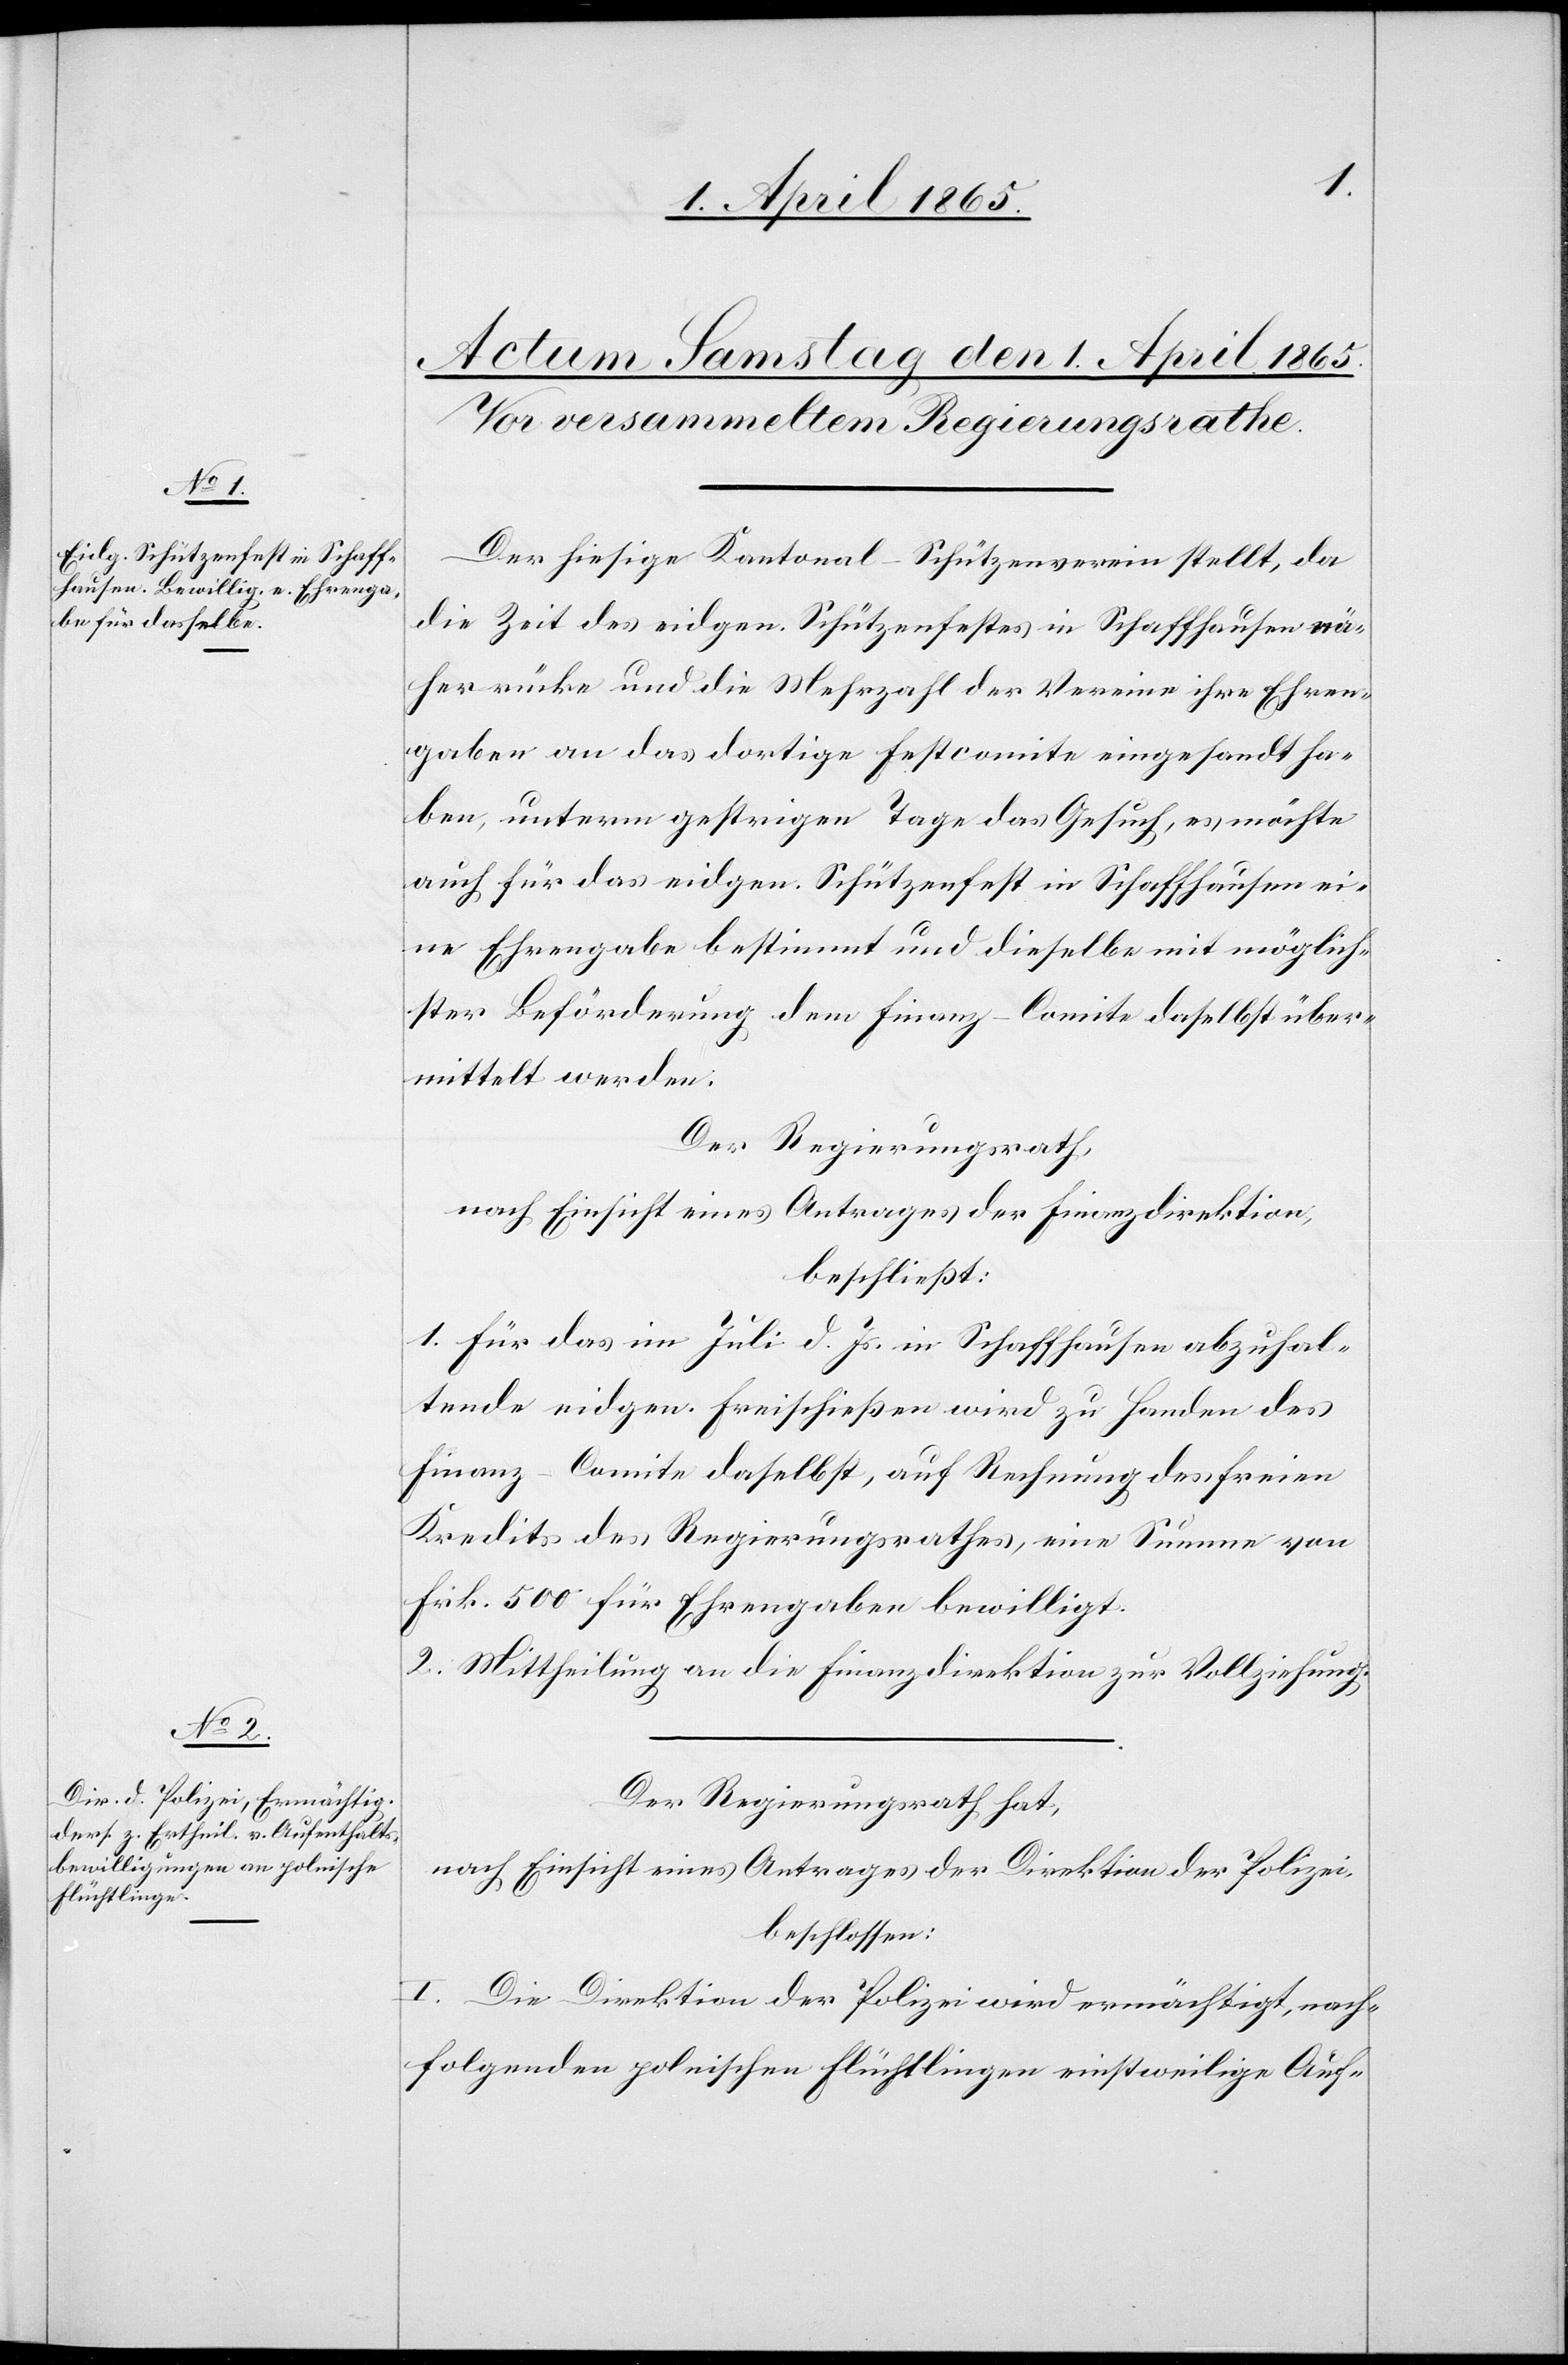
Der hiesige Kantonal-Schützenverein stellt, da
die Zeit des eidgen. Schützenfestes in Schaffhausen nä¬
her rücke und die Mehrzahl der Vereine ihre Ehren¬
gaben an das dortige Festcomite eingesandt ha¬
ben, unterm gestrigen Tage das Gesuch, es möchte
auch für das eidgen. Schützenfest in Schaffhausen ei¬
ne Ehrengabe bestimmt und dieselbe mit möglich¬
ster Beförderung dem Finanz-Comite daselbst über¬
mittelt werden.
Der Regierungsrath,
nach Einsicht eines Antrages der Finanzdirektion,
beschließt:
1. Für das im Juli d. Js in Schaffhausen abzuhal¬
tende eidgen. Freischießen wird zu Handen des
Finanz-Comite daselbst, auf Rechnung des freien
Kredits des Regierungsrathes, eine Summe von
Frk. 500 für Ehrengaben bewilligt.
2. Mittheilung an die Finanzdirektion zur Vollziehung.
Der Regierungsrath hat,
nach Einsicht eines Antrages der Direktion der Polizei,
beschlossen:
I. Die Direktion der Polizei wird ermächtigt, nach¬
folgenden polnischen Flüchtlingen einstweilige Auf-